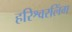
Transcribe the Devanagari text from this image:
हरिश्वरलिंग